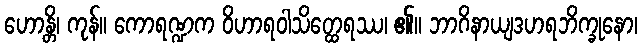
ဟောန္တိ၊ ကုန်။ ကောရဏ္ဍက ဝိဟာရဝါသိတ္ထေရဿ၊ ၏။ ဘာဂိနာယျဒဟရဘိက္ခုနော၊